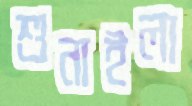
শুনাইলা